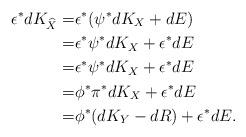
LaTeX: \begin{align*}\epsilon^{\ast}dK_{\widehat{X}}=& \epsilon^{\ast}(\psi^{\ast}dK_X + dE) \\=& \epsilon^{\ast}\psi^{\ast}dK_X + \epsilon^{\ast} dE \\=& \epsilon^{\ast}\psi^{\ast}dK_X + \epsilon^{\ast} dE \\=& \phi^{\ast} \pi^{\ast} dK_X + \epsilon^{\ast} dE \\=& \phi^{\ast} (dK_Y - dR)+ \epsilon^{\ast} dE .\end{align*}